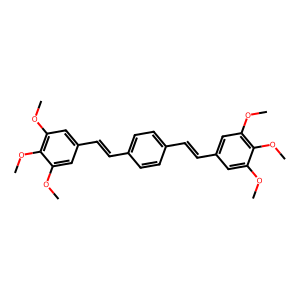
SMILES: COc1cc(C=Cc2ccc(C=Cc3cc(OC)c(OC)c(OC)c3)cc2)cc(OC)c1OC
Inhibits HIV replication: No